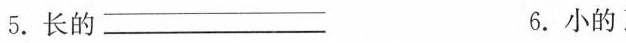
5.长的___ 6.小的___